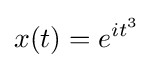
x(t)=e^{it^{3}}